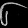
Digit: ၆